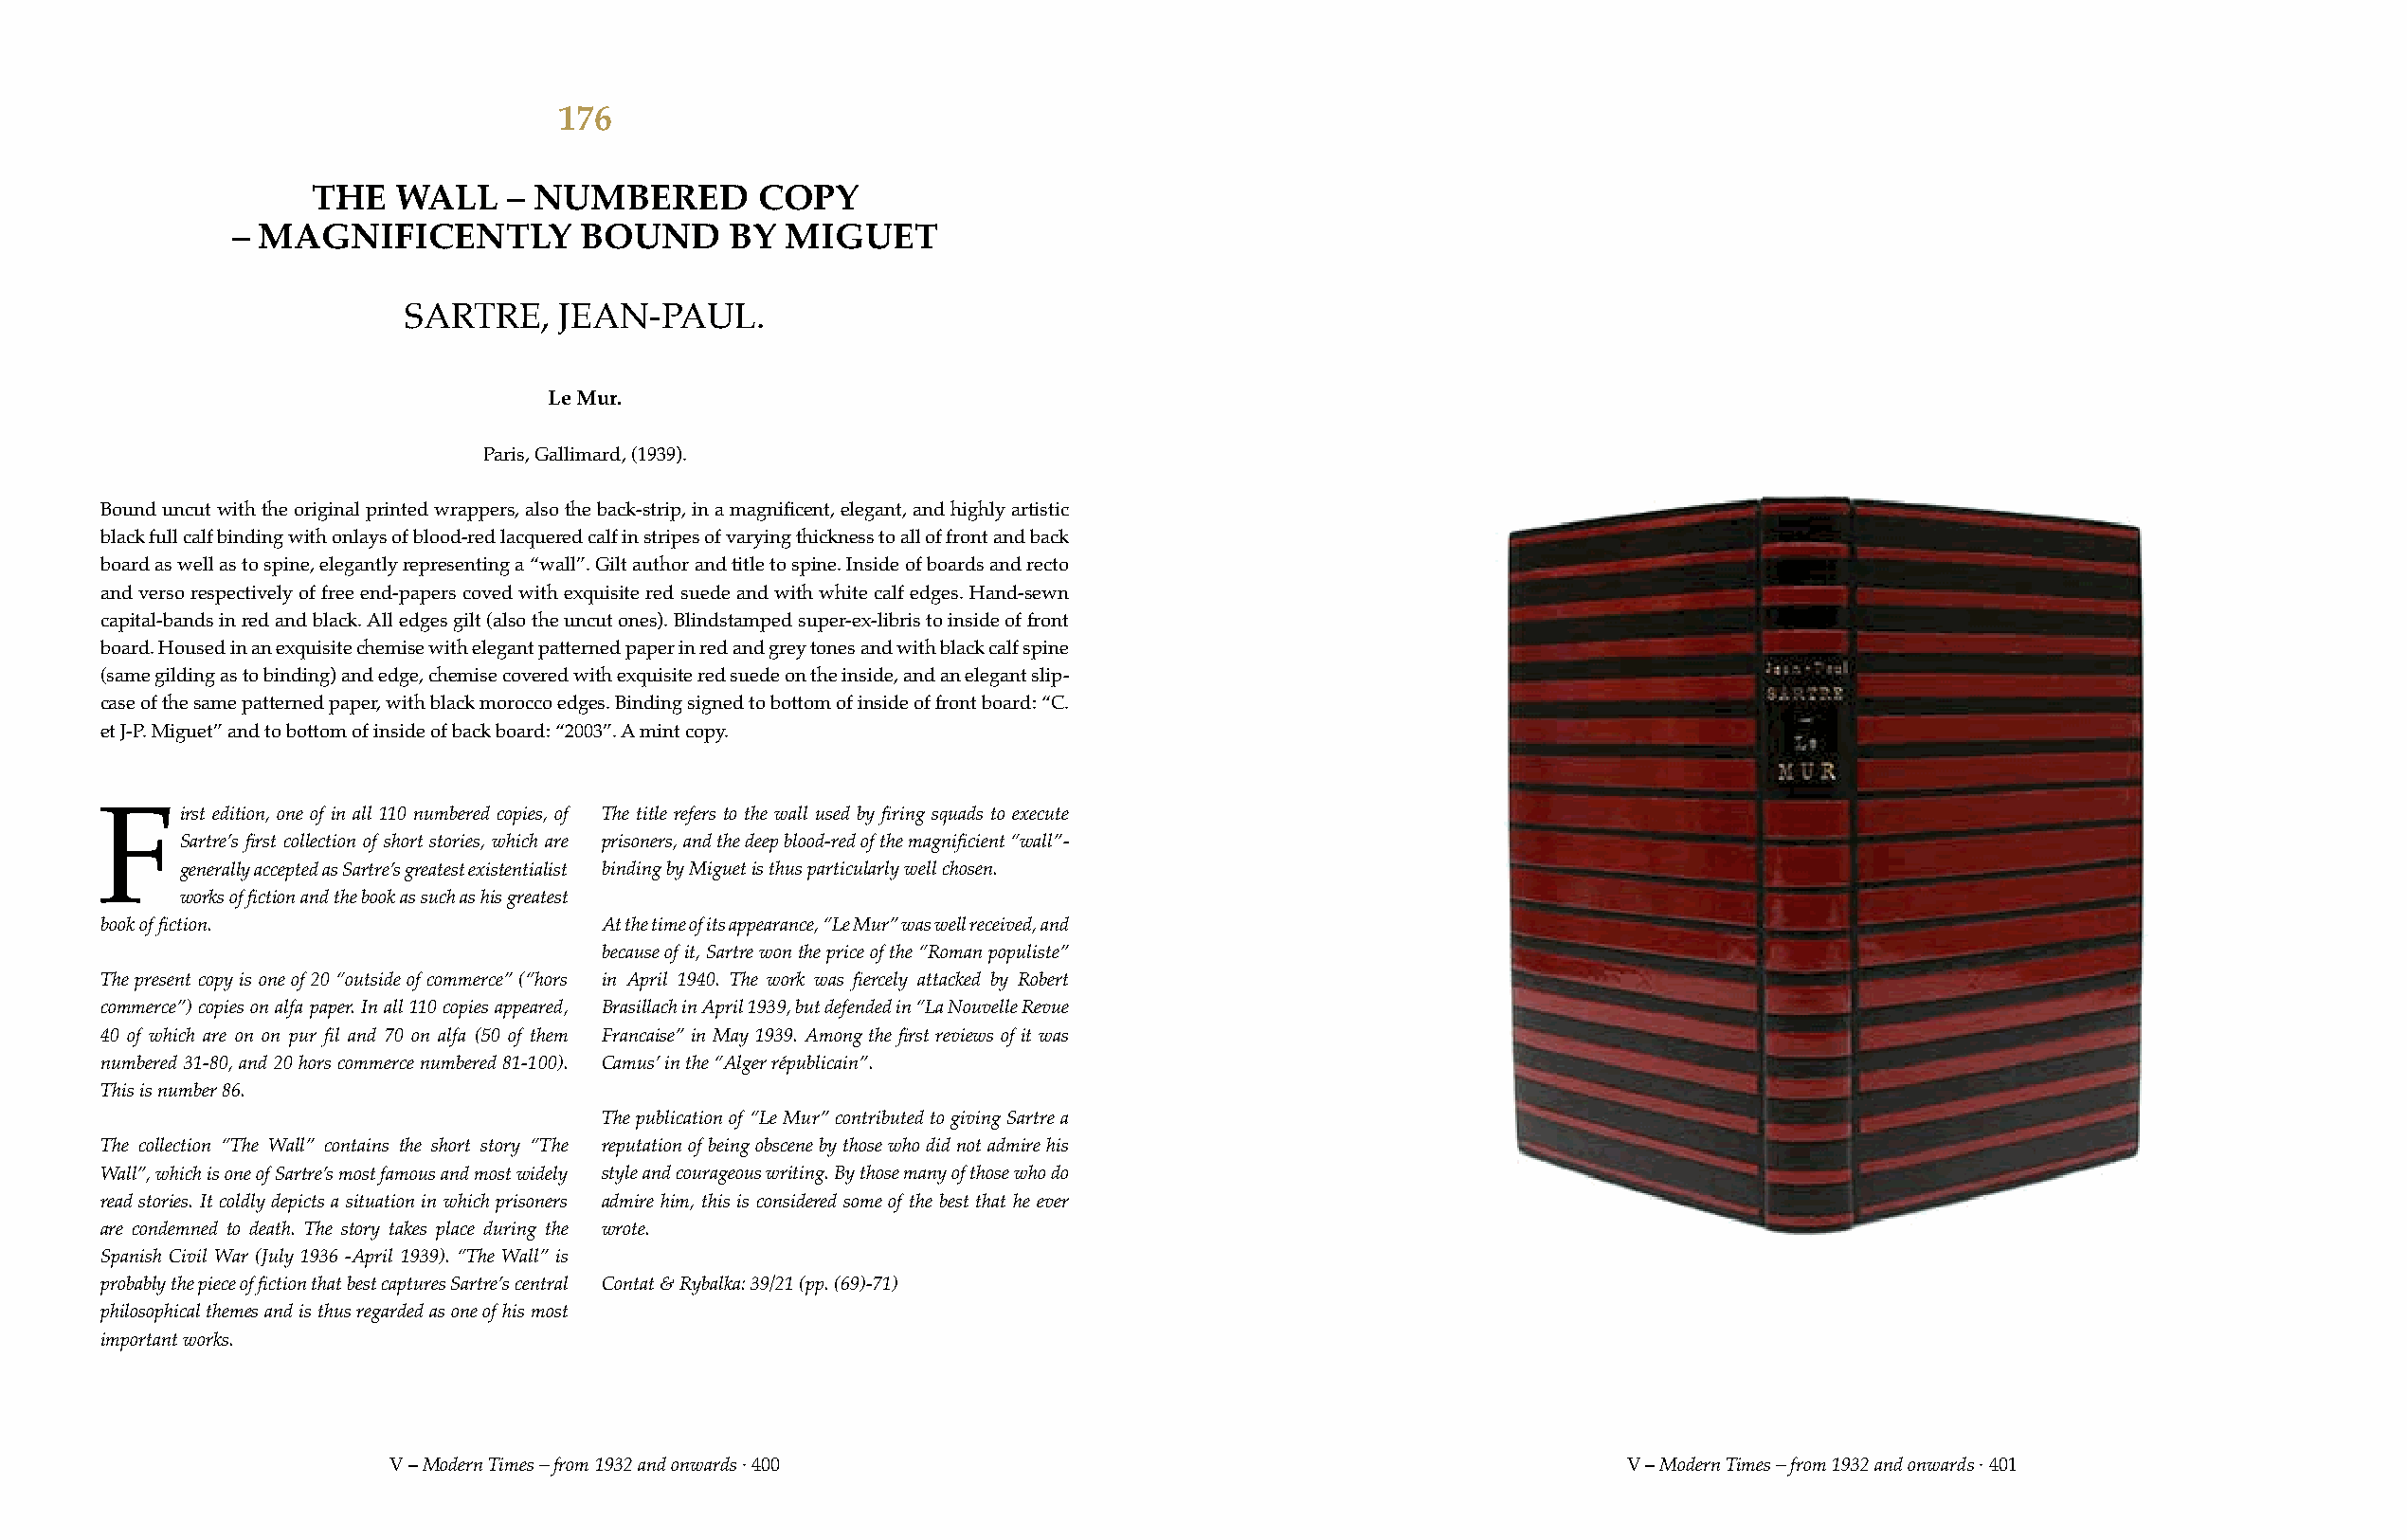
176
 THE   WALL   – NUMBERED        COPY
 – MAGNIFICENTLY          BOUND     BY  MIGUET
 SARTRE,    JEAN-PAUL.
 Le Mur.
 Paris, Gallimard, (1939).
 Bound uncut with the original printed wrappers, also the back-strip, in a magnificent, elegant, and highly artistic
 black full calf binding with onlays of blood-red lacquered calf in stripes of varying thickness to all of front and back
 board as well as to spine, elegantly representing a “wall”. Gilt author and title to spine. Inside of boards and recto
 and verso respectively of free end-papers coved with exquisite red suede and with white calf edges. Hand-sewn
 capital-bands in red and black. All edges gilt (also the uncut ones). Blindstamped super-ex-libris to inside of front
 board. Housed in an exquisite chemise with elegant patterned paper in red and grey tones and with black calf spine
 (same gilding as to binding) and edge, chemise covered with exquisite red suede on the inside, and an elegant slip-
 case of the same patterned paper, with black morocco edges. Binding signed to bottom of inside of front board: “C.
 et J-P. Miguet” and to bottom of inside of back board: “2003”. A mint copy.
 irst edition, one of in all 110 numbered copies, of The title refers to the wall used by firing squads to execute
 F
 Sartre’s first collection of short stories, which are prisoners, and the deep blood-red of the magnificient “wall”-
 generally accepted as Sartre’s greatest existentialist binding by Miguet is thus particularly well chosen.
 works of fiction and the book as such as his greatest
 book of fiction.                   At the time of its appearance, “Le Mur” was well received, and
 because of it, Sartre won the price of the “Roman populiste”
 The present copy is one of 20 “outside of commerce” (“hors in April 1940. The work was fiercely attacked by Robert
 commerce”) copies on alfa paper. In all 110 copies appeared, Brasillach in April 1939, but defended in “La Nouvelle Revue
 40 of which are on on pur fil and 70 on alfa (50 of them Francaise” in May 1939. Among the first reviews of it was
 numbered 31-80, and 20 hors commerce numbered 81-100). Camus’ in the “Alger républicain”.
 This is number 86.
 The publication of “Le Mur” contributed to giving Sartre a
 The collection “The Wall” contains the short story “The reputation of being obscene by those who did not admire his
 Wall”, which is one of Sartre’s most famous and most widely style and courageous writing. By those many of those who do
 read stories. It coldly depicts a situation in which prisoners admire him, this is considered some of the best that he ever
 are condemned to death. The story takes place during the wrote.
 Spanish Civil War (July 1936 -April 1939). “The Wall” is
 probably the piece of fiction that best captures Sartre’s central Contat & Rybalka: 39/21 (pp. (69)-71)
 philosophical themes and is thus regarded as one of his most
 important works.
 V – Modern Times – from 1932 and onwards · 400                                         V – Modern Times – from 1932 and onwards · 401